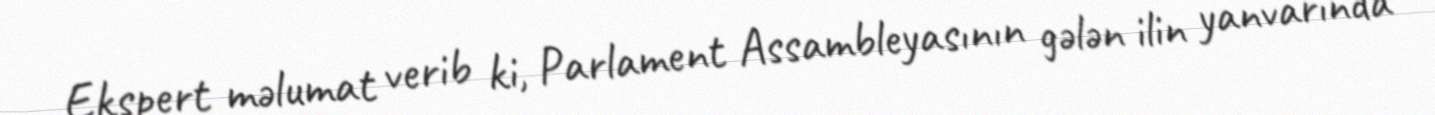
Ekspert məlumat verib ki, Parlament Assambleyasının gələn ilin yanvarında